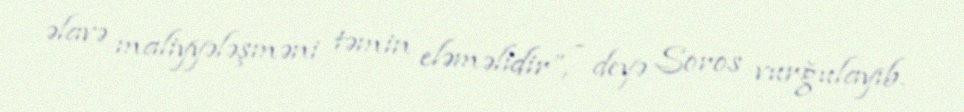
əlavə maliyyələşməni təmin eləməlidir”, - deyə Soros vurğulayıb.